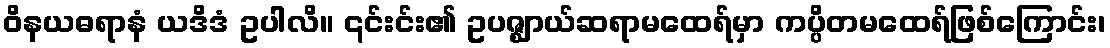
ဝိနယဓရာနံ ယဒိဒံ ဥပါလိ။ ၎င်းင်း၏ ဥပဇ္ဈာယ်ဆရာမထေရ်မှာ ကပ္ပိတမထေရ်ဖြစ်ကြောင်း၊